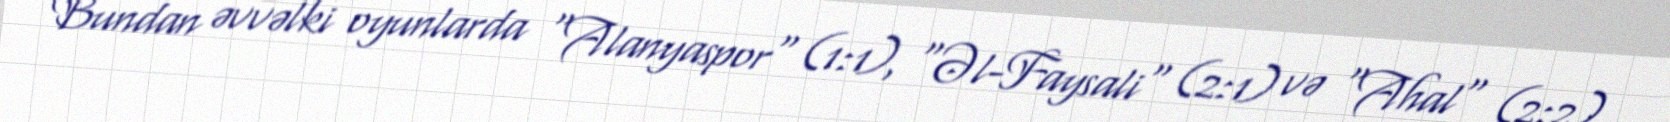
Bundan əvvəlki oyunlarda "Alanyaspor" (1:1), "Əl-Faysali" (2:1) və "Ahal" (2:2)